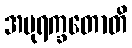
အပုရက္ခတောတိ